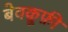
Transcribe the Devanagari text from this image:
बेवक़ूफ़ी